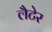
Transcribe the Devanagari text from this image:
लैटेर